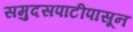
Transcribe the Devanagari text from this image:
समुदसपाटीपासून